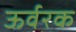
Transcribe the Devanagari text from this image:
ऊर्वरक